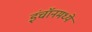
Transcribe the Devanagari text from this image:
इंचॉनमध्ये